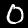
Label: 0